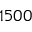
1 5 0 0